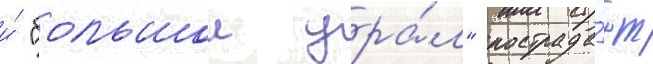
и́ "большои ура́л" пострада́ет